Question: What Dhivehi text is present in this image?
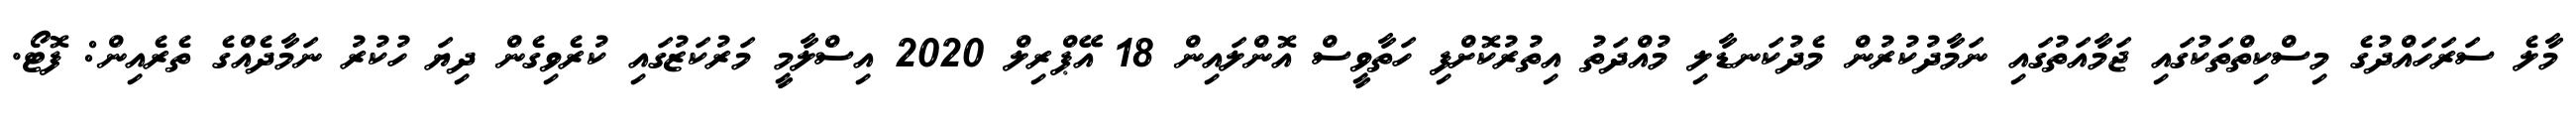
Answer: މާލެ ސަރަހައްދުގެ މިސްކިތްތަކުގައި ޖަމާއަތުގައި ނަމާދުކުރުން މެދުކަނޑާލި މުއްދަތު އިތުރުކޮށްފި ހަތާވީސް އޮންލައިން 18 އޭޕްރިލް 2020 އިސްލާމީ މަރުކަޒުގައި ކުރެވިގެން ދިޔަ ހުކުރު ނަމާދެއްގެ ތެރެއިން: ފޮޓޯ.